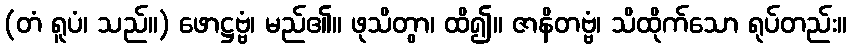
(တံ ရူပံ၊ သည်။) ဖောဋ္ဌဗ္ဗံ၊ မည်၏။ ဖုသိတွာ၊ ထိ၍။ ဇာနိတဗ္ဗံ၊ သိထိုက်သော ရုပ်တည်း။